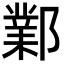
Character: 鄴